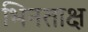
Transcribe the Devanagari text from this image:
भिनताक्ष